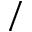
/